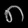
Digit: ၈